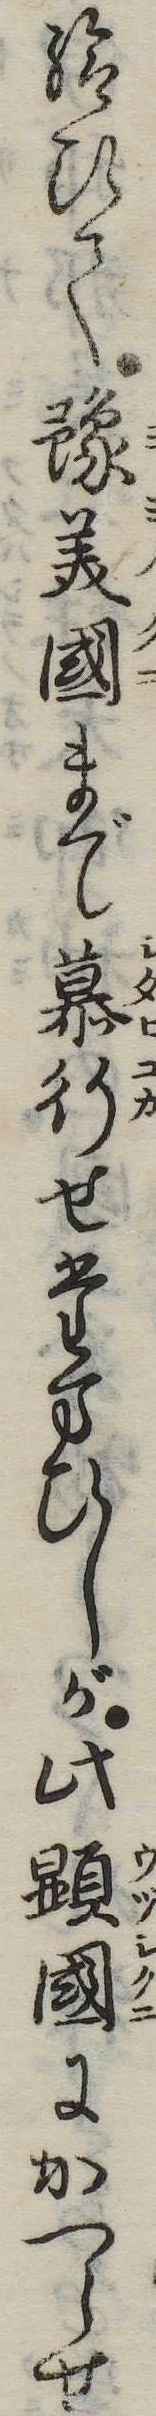
給ひて予美国まで慕行せたまひしが此顕国にかへらせ